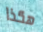
هكذا